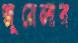
জুয়েলার